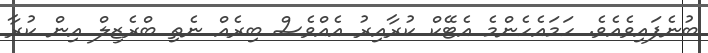
ބުނެފައިވެއެވެ. ހަމައެހެންމެ އެޓޭކް ކުރާއިރު އެއްވެސް ބިރެއް ނެތި ބްރެޒިލް އިން ކުރާ